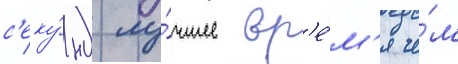
с'еку́нд лу́чшее вр'е́м'я че́м